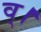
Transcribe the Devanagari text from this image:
व्।